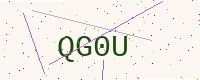
Text: QG0U